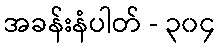
အခန်းနံပါတ် - ၃၀၄